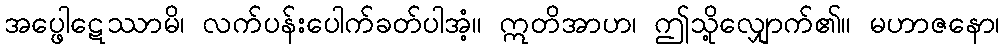
အပ္ဖေါဋေဿာမိ၊ လက်ပန်းပေါက်ခတ်ပါအံ့။ ဣတိအာဟ၊ ဤသို့လျှောက်၏။ မဟာဇနော၊